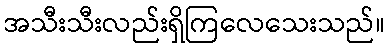
အသီးသီးလည်းရှိကြလေသေးသည်။